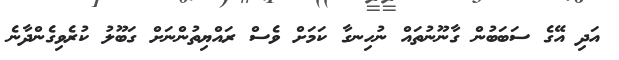
އަދި އޭގެ ސަބަބުން ގާނޫނުތައް ނުހިނގާ ކަމަށް ވެސް ރައްޔިތުންނަށް ގަބޫލު ކުރެވިގެންދާނެ